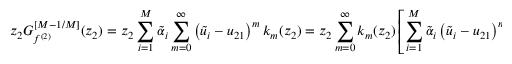
z _ { 2 } { \cal G } _ { f ^ { ( 2 ) } } ^ { [ M - 1 / M ] } ( z _ { 2 } ) = z _ { 2 } \sum _ { i = 1 } ^ { M } { \tilde { \alpha } } _ { i } \sum _ { m = 0 } ^ { \infty } \left( { \tilde { u } } _ { i } - u _ { 2 1 } \right) ^ { m } k _ { m } ( z _ { 2 } ) = z _ { 2 } \sum _ { m = 0 } ^ { \infty } k _ { m } ( z _ { 2 } ) \left[ \sum _ { i = 1 } ^ { M } { \tilde { \alpha } } _ { i } \left( { \tilde { u } } _ { i } - u _ { 2 1 } \right) ^ { m } \right] \ .